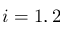
i = 1 , 2